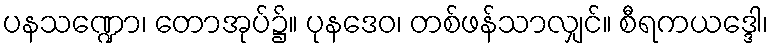
ပနသဏ္ဍော၊ တောအုပ်၌။ ပုနဒေဝ၊ တစ်ဖန်သာလျှင်။ စီရကယဒ္ဒေါ၊